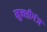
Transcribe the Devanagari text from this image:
मुन्शीगंज